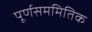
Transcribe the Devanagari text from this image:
पूर्णसममितिक